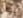
بوتر